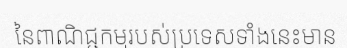
នៃពាណិជ្ជកម្មរបស់ប្រទេសទាំងនេះមាន